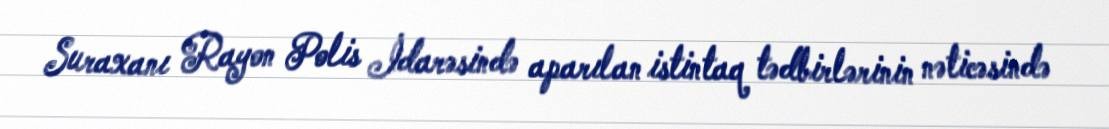
Suraxanı Rayon Polis İdarəsində aparılan istintaq tədbirlərinin nəticəsində